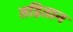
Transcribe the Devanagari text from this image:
तड़ितान